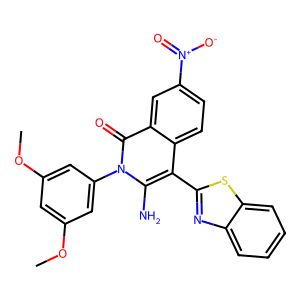
SMILES: COc1cc(OC)cc(-n2c(N)c(-c3nc4ccccc4s3)c3ccc([N+](=O)[O-])cc3c2=O)c1
Inhibits HIV replication: No